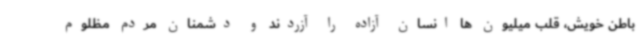
باطن خویش، قلب میلیون ها انسان آزاده را آزردند و دشمنان مردم مظلوم